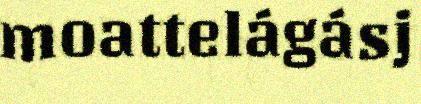
moattelágásj